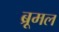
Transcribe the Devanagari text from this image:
ब्रूमल